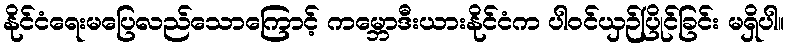
နိုင်ငံရေးမပြေလည်သောကြောင့် ကမ္ဘောဒီးယားနိုင်ငံက ပါဝင်ယှဉ်ပြိုင်ခြင်း မရှိပါ။